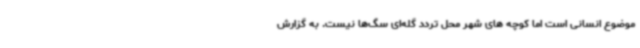
موضوع انسانی است اما کوچه های شهر محل تردد گله‌ای سگ‌ها نیست. به گزارش